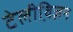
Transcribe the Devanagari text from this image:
टेलीवि़ज़न